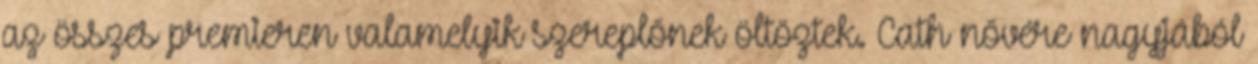
az összes premieren valamelyik szereplőnek öltöztek. Cath nővére nagyjából